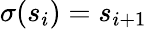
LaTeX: \sigma(s_{i})=s_{i+1}